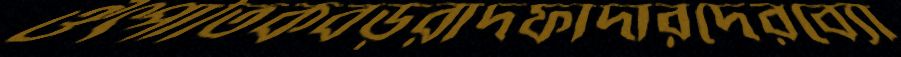
ঔৎপাতিকবড়রাদফাদারদেরব্যো